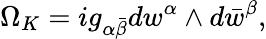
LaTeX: \Omega_{K}=ig_{\alpha\bar{\beta}}dw^{\alpha}\wedge d\bar{w}^{\beta},